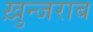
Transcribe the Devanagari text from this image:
ख़ुन्जराब